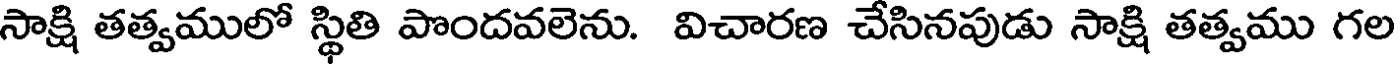
సాక్షి తత్వములో స్థితి పొందవలెను. విచారణ చేసినపుడు సాక్షి తత్వము గల